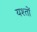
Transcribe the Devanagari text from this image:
यश्तों